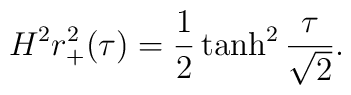
H^2r^2_+(\tau)=\frac{1}{2}\tanh^2\frac{\tau}{\sqrt{2}}.